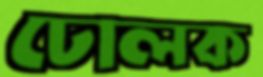
ঢোলক